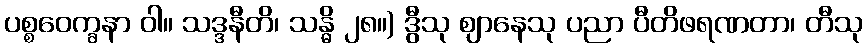
ပစ္စဝေက္ခနာ ဝါ။ သဒ္ဒနီတိ၊ သန္ဓိ ၂၈။) ဒွီသု ဈာနေသု ပညာ ပီတိဖရဏတာ၊ တီသု